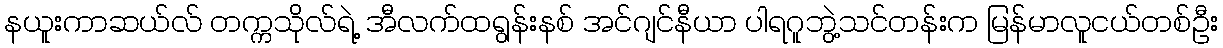
နယူးကာဆယ်လ် တက္ကသိုလ်ရဲ့ အီလက်ထရွန်းနစ် အင်ဂျင်နီယာ ပါရဂူဘွဲ့သင်တန်းက မြန်မာလူငယ်တစ်ဦး